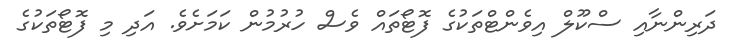
ދަރިންނާއި ސްކޫލް އިވެންޓްތަކުގެ ފޮޓޯތައް ވެސް ހުރުމުން ކަމަށެވެ. އަދި މި ފޮޓޯތަކުގެ